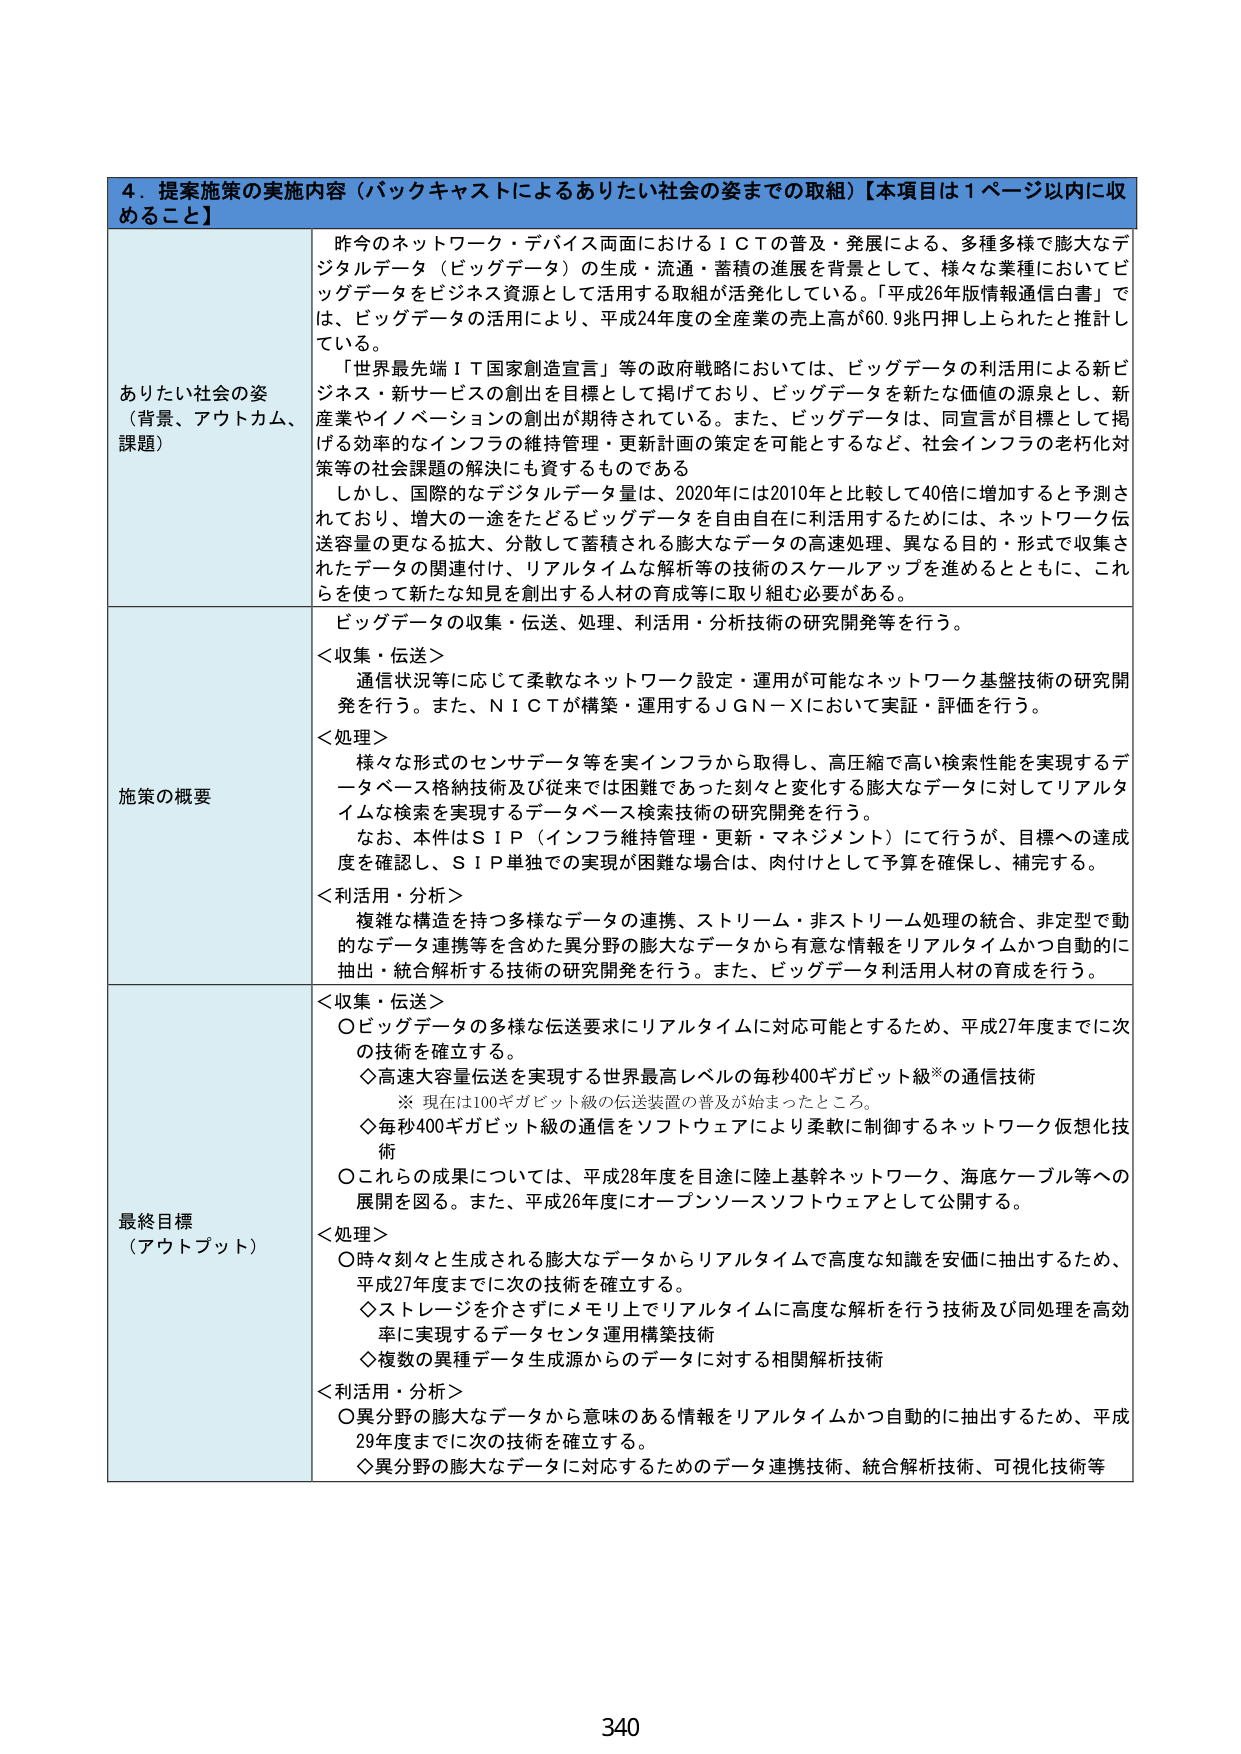
4．提案施策の実施内容（バックキャストによるありたい社会の姿までの取組）【本項目は1ページ以内に収めること】

ありたい社会の姿
（背景、アウトカム、課題）

昨今のネットワーク・デバイス両面におけるＩＣＴの普及・発展による、多種多様で膨大なデジタルデータ（ビッグデータ）の生成・流通・蓄積の進展を背景として、様々な業種においてビッグデータをビジネス資源として活用する取組が活発化している。「平成26年版情報通信白書」では、ビッグデータの活用により、平成24年度の全産業の売上高が60.9兆円押し上げられたと推計している。

「世界最先端ＩＴ国家創造宣言」等の政府戦略においては、ビッグデータの利活用による新ビジネス・新サービスの創出を目標として掲げており、ビッグデータを新たな価値の源泉とし、新産業やイノベーションの創出が期待されている。また、ビッグデータは、同宣言が目標として掲げる効率的なインフラの維持管理・更新計画の策定を可能とするなど、社会インフラの老朽化対策等の社会課題の解決にも資するものである。

しかし、国際的なデジタルデータ量は、2020年には2010年と比較して40倍に増加すると予測されており、増大の一途をたどるビッグデータを自由自在に利活用するためには、ネットワーク伝送容量の更なる拡大、分散して蓄積される膨大なデータの高速処理、異なる目的・形式で収集されたデータの関連付け、リアルタイムな解析等の技術のスケールアップを進めるとともに、これらを使って新たな知見を創出する人材の育成等に取り組む必要がある。

施策の概要

ビッグデータの収集・伝送、処理、利活用・分析技術の研究開発等を行う。

＜収集・伝送＞
通信状況等に応じて柔軟なネットワーク設定・運用が可能なネットワーク基盤技術の研究開発を行う。また、ＮＩＣＴが構築・運用するＪＧＮ－Ｘにおいて実証・評価を行う。

＜処理＞
様々な形式のセンサデータ等を実インフラから取得し、高圧縮で高い検索性能を実現するデータベース格納技術及び従来では困難であった刻々と変化する膨大なデータに対してリアルタイムな検索を実現するデータベース検索技術の研究開発を行う。

なお、本件はＳＩＰ（インフラ維持管理・更新・マネジメント）にて行うが、目標への達成度を確認し、ＳＩＰ単独での実現が困難な場合は、肉付けとして予算を確保し、補完する。

＜利活用・分析＞
複雑な構造を持つ多様なデータの連携、ストリーム・非ストリーム処理の統合、非定型で動的なデータ連携等を含めた異分野の膨大なデータから有意な情報をリアルタイムかつ自動的に抽出・統合解析する技術の研究開発を行う。また、ビッグデータ利活用人材の育成を行う。

最終目標
（アウトプット）

＜収集・伝送＞
〇ビッグデータの多様な伝送要求にリアルタイムに対応可能とするため、平成27年度までに次の技術を確立する。
　◇高速大容量伝送を実現する世界最高レベルの毎秒400ギガビット級※の通信技術
　　※ 現在は100ギガビット級の伝送装置の普及が始まったところ。
　◇毎秒400ギガビット級の通信をソフトウェアにより柔軟に制御するネットワーク仮想化技術
〇これらの成果については、平成28年度を目途に陸上基幹ネットワーク、海底ケーブル等への展開を図る。また、平成26年度にオープンソースソフトウェアとして公開する。

＜処理＞
〇時々刻々と生成される膨大なデータからリアルタイムで高度な知識を安価に抽出するため、平成27年度までに次の技術を確立する。
　◇ストレージを介さずにメモリ上でリアルタイムに高度な解析を行う技術及び同処理を高効率に実現するデータセンタ運用構築技術
　◇複数の異種データ生成源からのデータに対する相関解析技術

＜利活用・分析＞
〇異分野の膨大なデータから意味のある情報をリアルタイムかつ自動的に抽出するため、平成29年度までに次の技術を確立する。
　◇異分野の膨大なデータに対応するためのデータ連携技術、統合解析技術、可視化技術等

340